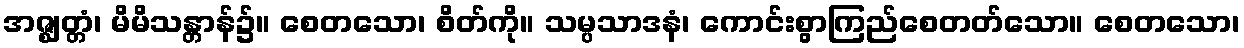
အဇ္ဈတ္တံ၊ မိမိသန္တာန်၌။ စေတသော၊ စိတ်ကို။ သမ္ပသာဒနံ၊ ကောင်းစွာကြည်စေတတ်သော။ စေတသော၊